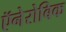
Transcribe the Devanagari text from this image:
ऍनेरोबिक